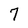
Character: 7